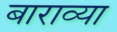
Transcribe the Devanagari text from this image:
बाराव्‍या